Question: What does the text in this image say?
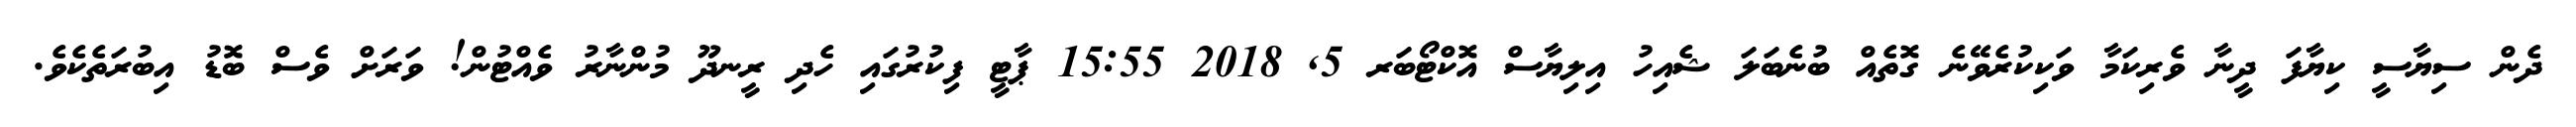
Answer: ދެން ސިޔާސީ ކިޔާފަ ދީނާ ވެރިކަމާ ވަކިކުރެވޭނެ ގޮތެއް ބުނެބަލަ ޝެއިހު އިލިޔާސް އޮކްޓޯބަރ 5, 2018 15:55 ޕާޓީ ފިކުރުގައި ހެދި ރީނދޫ މުންނާރު ވެއްޓުން! ވަރަށް ވެސް ބޮޑު އިބުރަތެކެވެ.